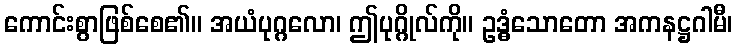
ကောင်းစွာဖြစ်စေ၏။ အယံပုဂ္ဂလော၊ ဤပုဂ္ဂိုလ်ကို။ ဥဒ္ဓံသောတော အကနဋ္ဌဂါမီ၊